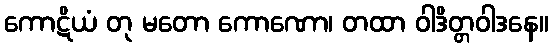
ကောဋိယံ တု မတော ကောဏော၊ တထာ ဝါဒိတ္တဝါဒနေ။